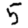
Digit: 5